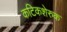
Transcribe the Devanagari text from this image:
कटिकशेरुक